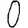
Digit: 0